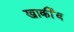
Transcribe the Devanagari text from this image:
खार्कीव